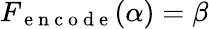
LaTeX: F_{\mathrm{~e~n~c~o~d~e~}}(\alpha)=\beta